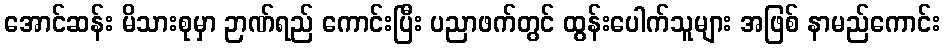
အောင်ဆန်း မိသားစုမှာ ဉာဏ်ရည် ကောင်းပြီး ပညာဖက်တွင် ထွန်းပေါက်သူများ အဖြစ် နာမည်ကောင်း